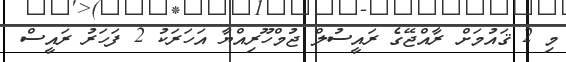
މި 2 ޤައުމަށް ރާއްޖޭގެ ރައީސުލް ޖުމްހޫރިއްޔާ އަހަރަކު 2 ފަހަރު ރައީސް